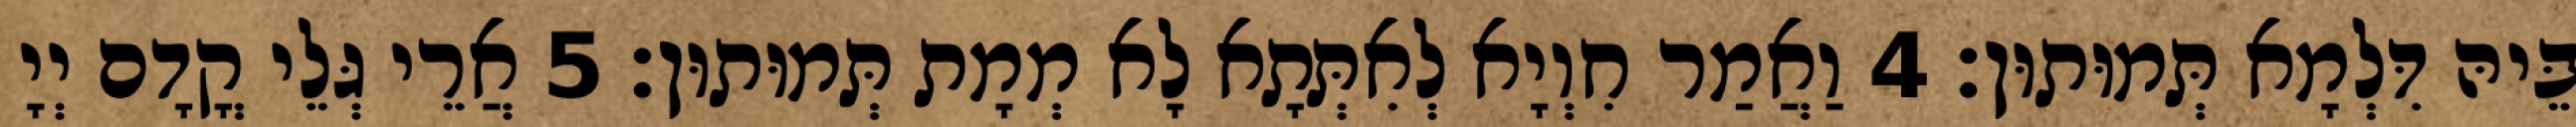
בֵּיהּ דִּלְמָא תְּמוּתוּן׃ 4 וַאֲמַר חִוְיָא לְאִתְּתָא לָא מְמָת תְּמוּתוּן׃ 5 אֲרֵי גְּלֵי קֳדָם יְיָ